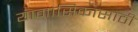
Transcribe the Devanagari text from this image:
यामासिकासाठी